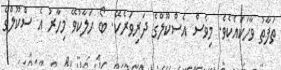
ތަފާތު ވާހަކައެކެވެ. މިވެސް އެސްކޫލްގެ ދަރިވަރެކޭ. ބޯ ހަލާކުވޭ މިހާރު އެ ސްކޫލްގެ